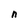
Character: n